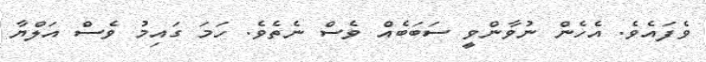
ވެފައެވެ. އެހެން ނުވާންވީ ސަބަބެއް ވެސް ނެތެވެ. ހަމަ ގައިމު ވެސް އަލްޔާ